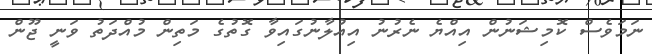
ނަމަވެސް ކޮމިޝަނުން އިއްޔެ ނެރުނު އިއުލާނުގައިވާ ގޮތުގެ މަތިން މުއްދަތު ވަނީ ޖޫން